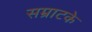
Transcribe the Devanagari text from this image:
सम्राटके